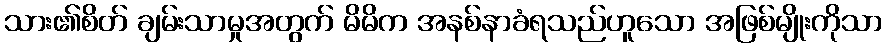
သား၏စိတ် ချမ်းသာမှုအတွက် မိမိက အနစ်နာခံရသည်ဟူသော အဖြစ်မျိုးကိုသာ